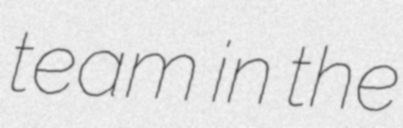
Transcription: team in the